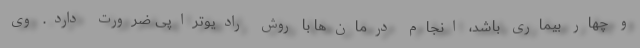
و چهار بیماری باشد، انجام درمان‌ها با روش رادیوتراپی ضرورت دارد. وی